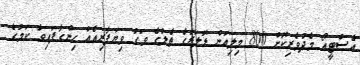
އެސްޓީއޯ މެދުވެރިކޮށް 800 މިލިއަން ޑޮލަރުގެ ތެލުގެ ވަގު ވިޔަފާރިއެއް ހިންގާފައިވާ ކަމުގެ